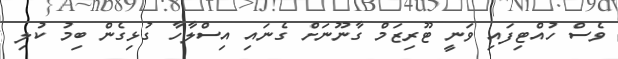
ވެސް ހުއްޓިފައި ވަނީ ޓޫރިޒަމް ގާނޫނަށް ގެނައި އިސްލާހާ ގުޅިގެން ބިމު ކުލި